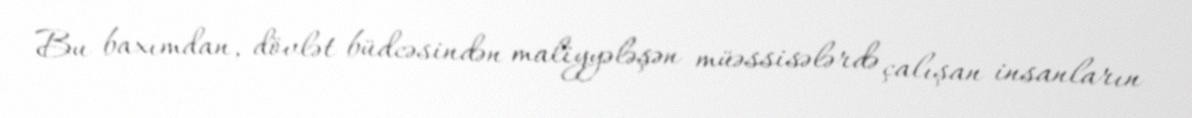
Bu baxımdan, dövlət büdcəsindən maliyyələşən müəssisələrdə çalışan insanların